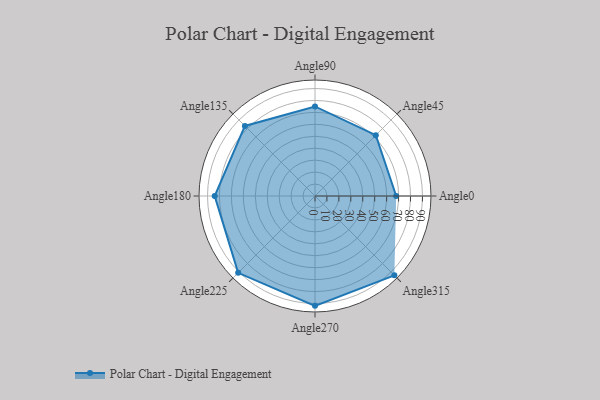
{"axis": {"x": "Angle", "y": "Radius"}, "legend": [""], "data": [{"x": "Angle0", "y": 68.0, "type": ""}, {"x": "Angle45", "y": 72.0, "type": ""}, {"x": "Angle90", "y": 75.0, "type": ""}, {"x": "Angle135", "y": 83.0, "type": ""}, {"x": "Angle180", "y": 84.0, "type": ""}, {"x": "Angle225", "y": 91.0, "type": ""}, {"x": "Angle270", "y": 92.0, "type": ""}, {"x": "Angle315", "y": 94.0, "type": ""}]}